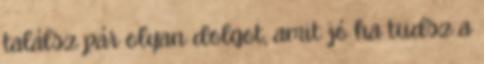
találsz pár olyan dolgot, amit jó ha tudsz a